Report on vaccination in Madras 1904-1921 - 1904-1921
Year: 1904
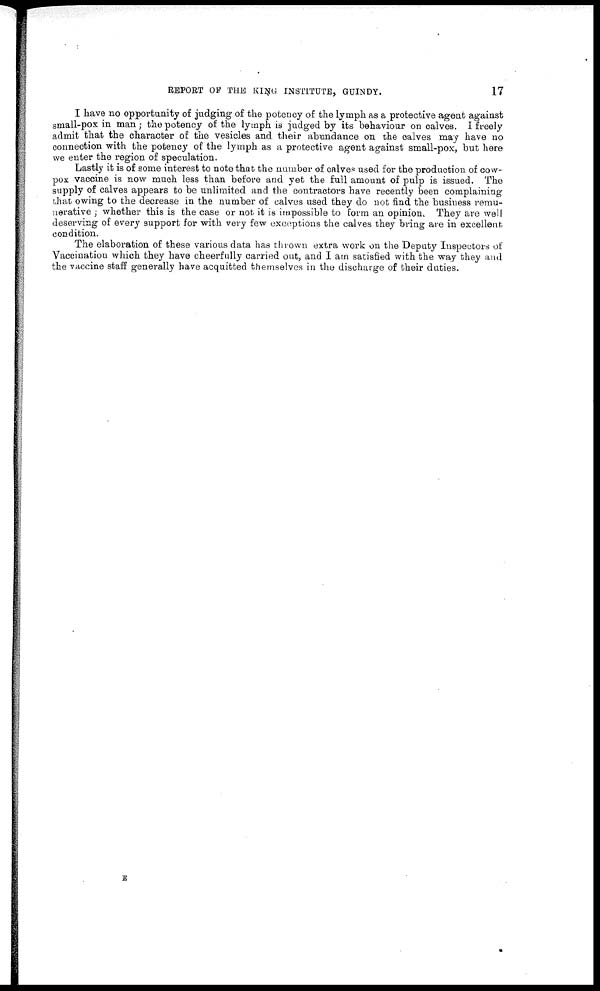
REPORT OF THE KING INSTITUTE, GUINDY.
17
I have no opportunity of judging of the potency of the lymph as a protective agent against
small-pox in man ; the potency of the lymph is judged by its behaviour on calves. I freely
admit that the character of the vesicles and their abundance on the calves may have no
connection with the potency of the lymph as a protective agent against small-pox, but here
we enter the region of speculation.
Lastly it is of some interest to note that the number of calves used for the production of cow-
pox vaccine is now much less than before and yet the full amount of pulp is issued. The
supply of calves appears to be unlimited and the contractors have recently been complaining
that owing to the decrease in the number of calves used they do not find the business remu-
nerative ; whether this is the case or not it is impossible to form an opinion. They are well
deserving of every support for with very few exceptions the calves they bring are in excellent
condition.
The elaboration of these various data has thrown extra work on the Deputy Inspectors of
Vaccination which they have cheerfully carried out, and I am satisfied with the way they and
the vaccine staff generally have acquitted themselves in the discharge of their duties.
E